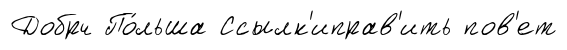
Добрч По́льша Ссылк'иправ'ить пов'ет